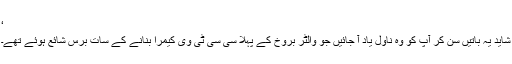
‘
شاید یہ باتیں سن کر آپ کو وہ ناول یاد آ جائیں جو والٹر بُروخ کے پہلا سی سی ٹی وی کیمرا بنانے کے سات برس شائع ہوئے تھے۔